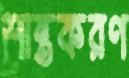
শান্তকরণ